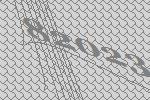
82023